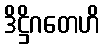
ဒိဋ္ဌိဂတေဟိ